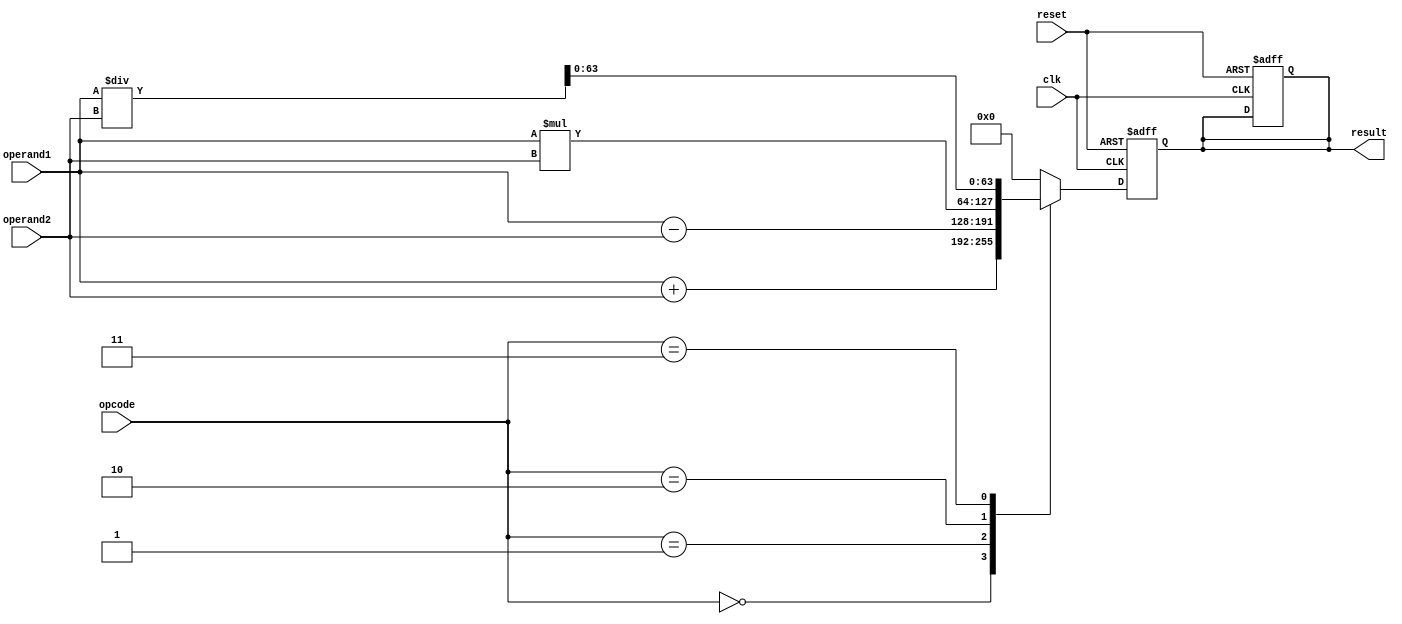
module ap_floating_point_unit (
    input wire clk,
    input wire reset,
    input wire [63:0] operand1,
    input wire [63:0] operand2,
    input wire [2:0] opcode,
    output reg [63:0] result
);

reg [127:0] temp_result;

always @(posedge clk or posedge reset) begin
    if (reset) begin
        temp_result <= 128'b0;
        result <= 64'b0;
    end else begin
        case (opcode)
            3'b000: temp_result <= operand1 + operand2; // addition operation
            3'b001: temp_result <= operand1 - operand2; // subtraction operation
            3'b010: temp_result <= operand1 * operand2; // multiplication operation
            3'b011: temp_result <= operand1 / operand2; // division operation
            default: temp_result <= 128'b0;
        endcase
    end
end

always @(*) begin
    result <= temp_result[63:0]; // Extract lower 64 bits for output
end

endmodule